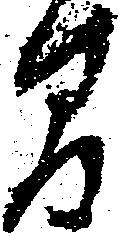
間